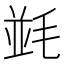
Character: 𣮧